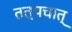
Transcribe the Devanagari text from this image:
तत्पचात्